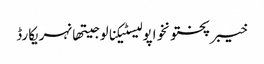
خیبرپختونخواپولیسٹیکنالوجیتھانہریکارڈ